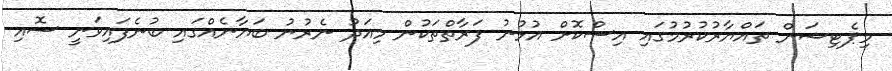
މިޕެޓިޝަން ތައްޔާރުކުރުމުގައި އިސްކޮށް އުޅުނު ފަރާތްތަކުން މިއަދު ނެރުނު ބަޔާނެއްގައި ބުނެފައިވަނީ ސޮއި